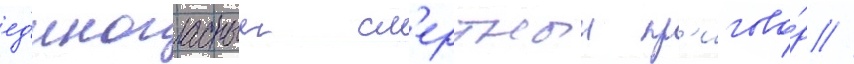
ед'иногласныи см'ертныи пр'игово́р //